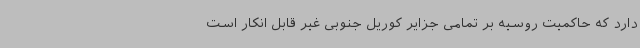
دارد که حاکمیت روسیه بر تمامی جزایر کوریل جنوبی غیر قابل انکار است